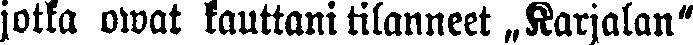
jotka owat kauttani tilanneet „Karjalan"